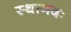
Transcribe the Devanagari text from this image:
स्थानदः